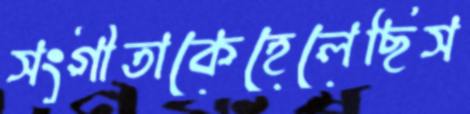
সংগীতাকেহেলেছিস